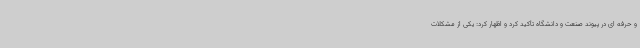
و حرفه ای در پیوند صنعت و دانشگاه تأکید کرد و اظهار کرد: یکی از مشکلات